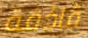
قاذفة